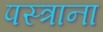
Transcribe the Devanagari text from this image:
पस्त्राना